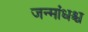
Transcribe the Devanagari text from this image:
जन्मांधश्च